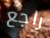
راجع